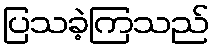
ပြသခဲ့ကြသည်